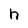
Character: h